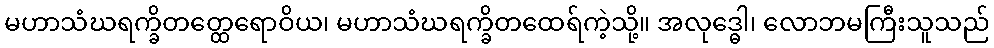
မဟာသံဃရက္ခိတတ္ထေရောဝိယ၊ မဟာသံဃရက္ခိတထေရ်ကဲ့သို့။ အလုဒ္ဓေါ၊ လောဘမကြီးသူသည်